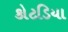
કોટડિયા